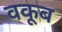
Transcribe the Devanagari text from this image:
वकूब